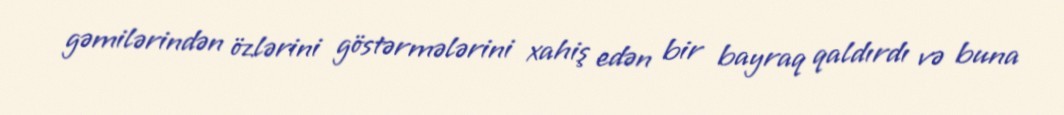
gəmilərindən özlərini göstərmələrini xahiş edən bir bayraq qaldırdı və buna